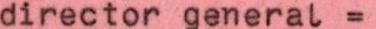
director general =